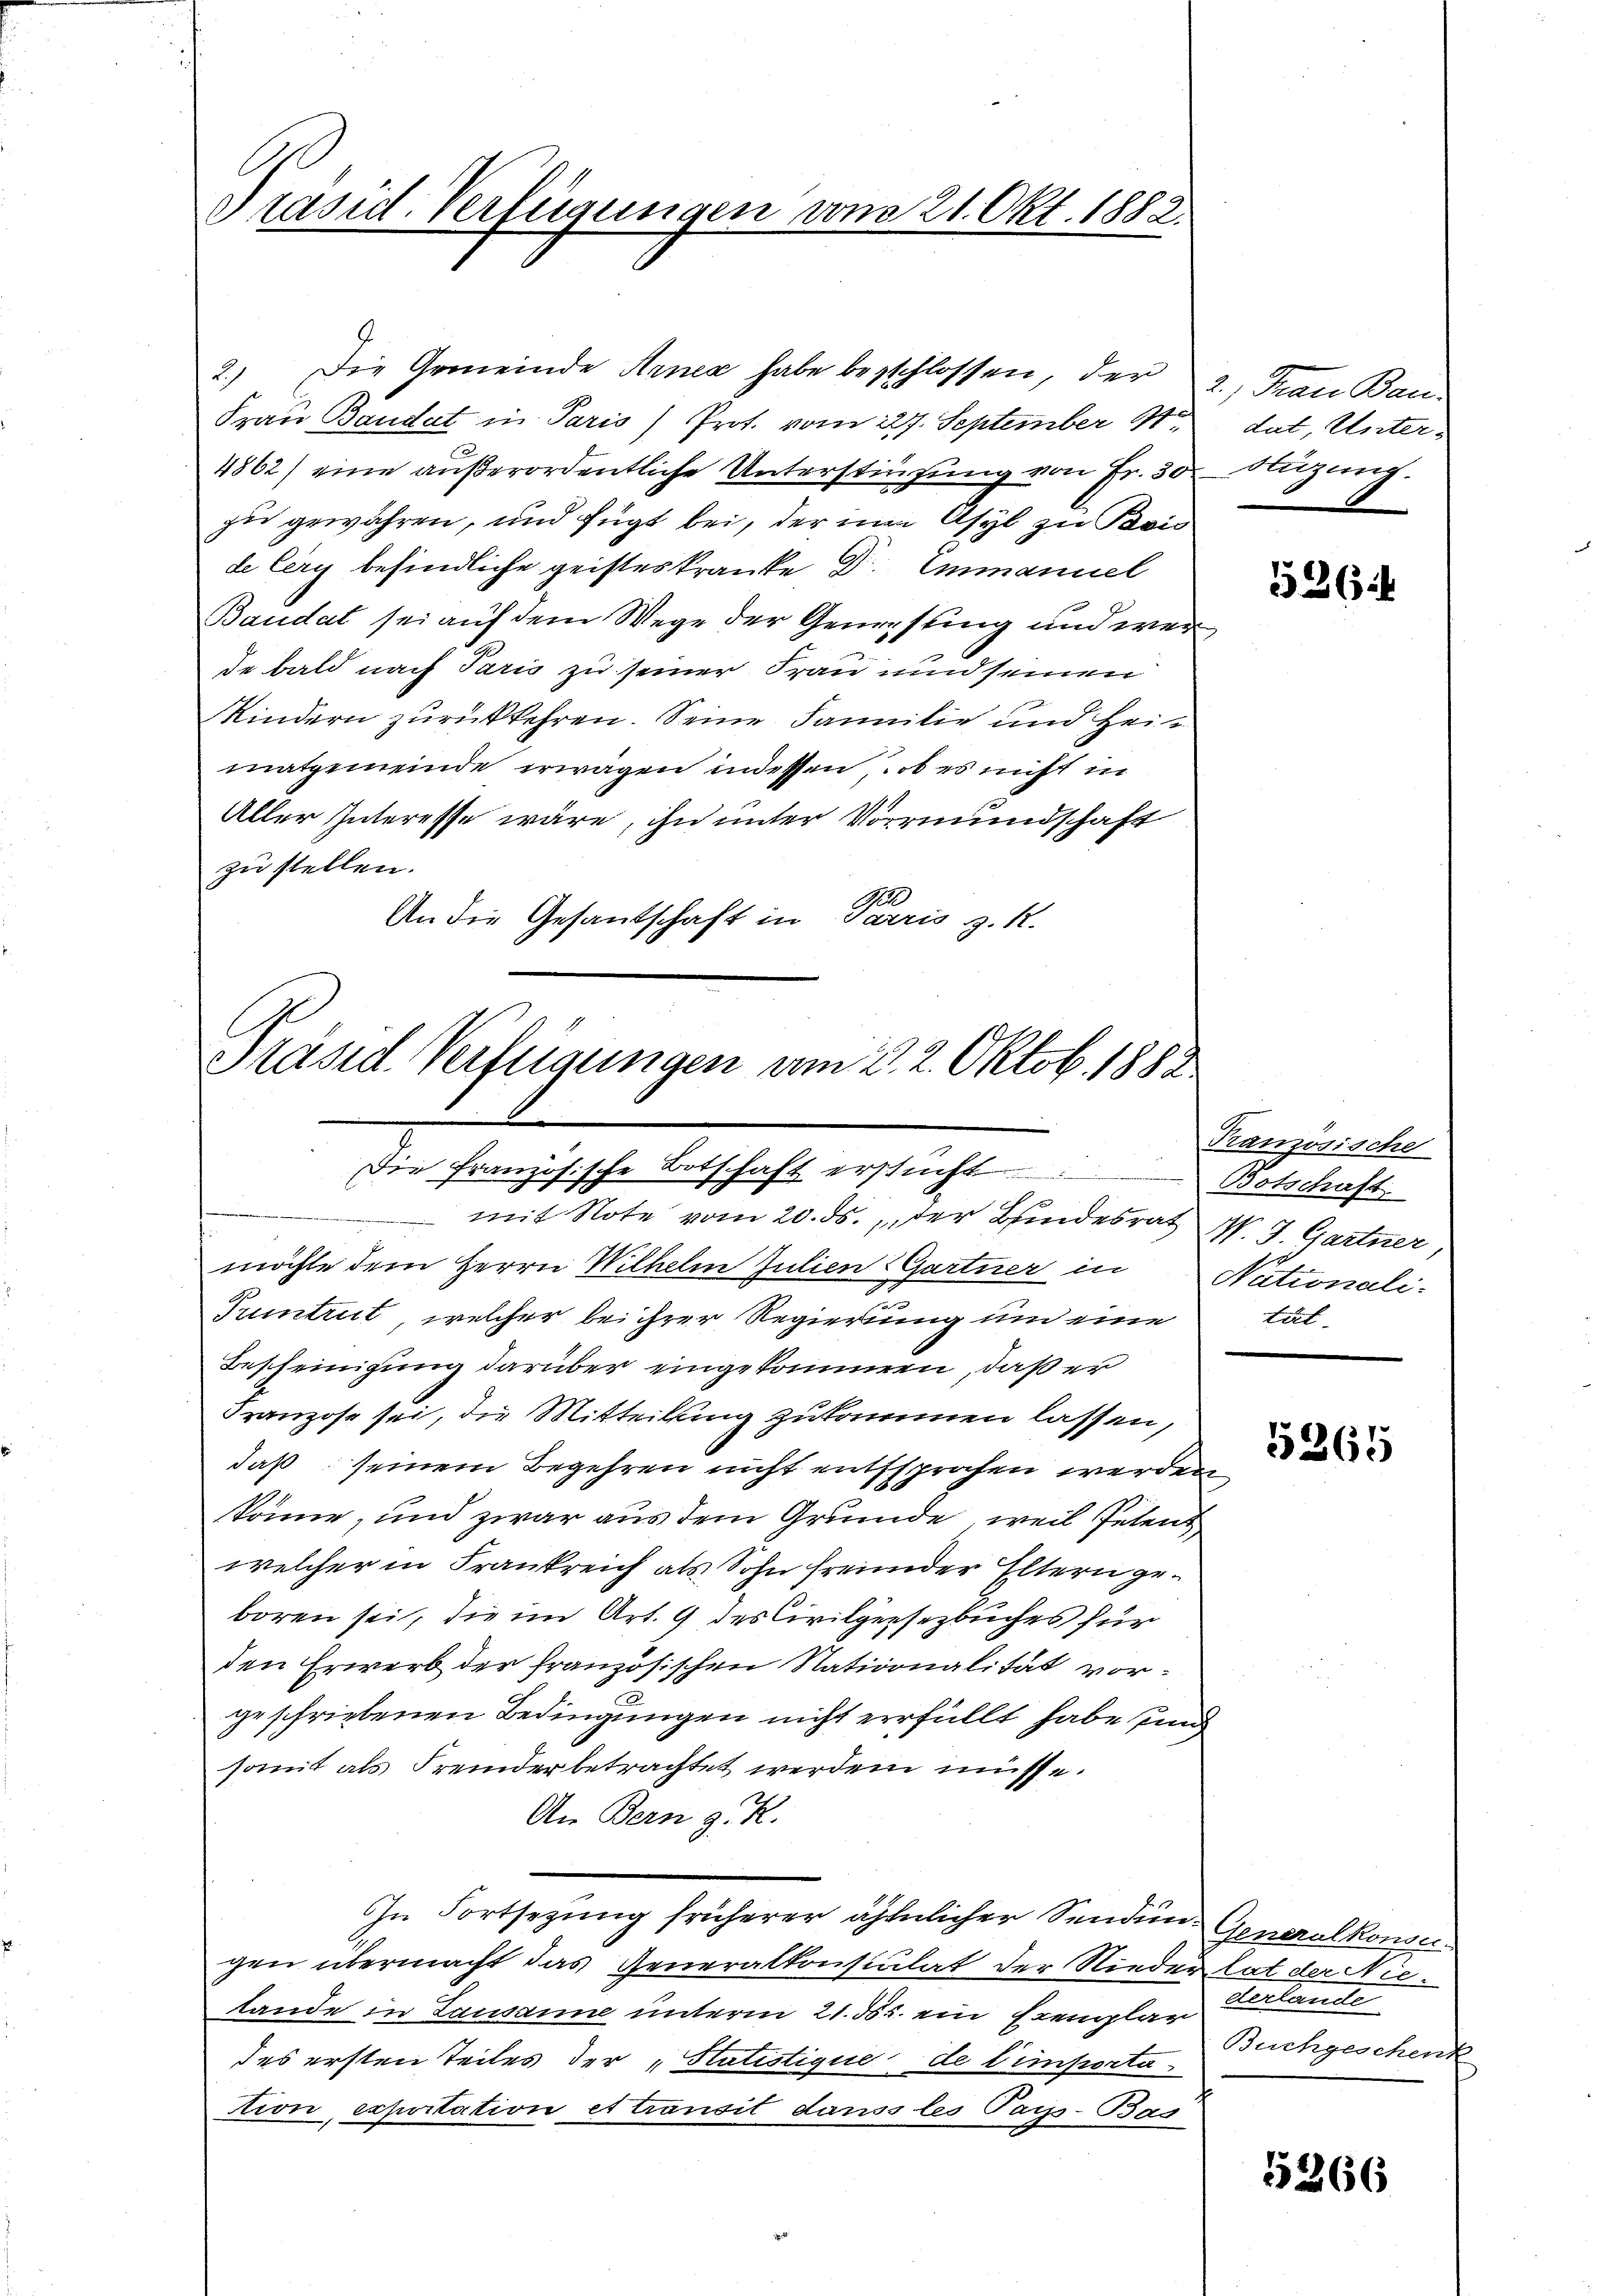
Präsid. Verfügungen von 21. Okt. 1882.

2.) Die Gemeinde Arnex habe beschlossen, der 2, Frau Bau-
Frau Baudat in Paris Prot. vom 27. September 17
4862) eine außerordentliche Unterstinsung von Fr. 30 Nuzung
zu gewähren, und fügt bei, der um Asyl zu Kan
de Cery befindliche geisteskranke Dr. Emmanuel
Baudat sei auf dem Wege der Genersting und wer
de bald nach Paris zu seiner Frau und seinen
Kindern zurückkehren. Seine Familie und Heimatgemeinde erwägen indessen, ob es nicht in
Aller Interesse wäre, ihn unter Vormundschaft
zu stellen.
An die Gesandschaft in Parris z. R.

Präsid. Verfügungen am 3. 2. Oktob. 1882
I
Die Französische Botschaft erstücht
mit Note vom 20. ds. der Bundesrath N. 3. Gartner,

möchte dem Herrn Wilhelm Julien Gartner in Nationali¬
Truntrut, welcher bei ihrer Regierung um eine tal-
Bescheinigung darüber eingekommen, daß er
Franzose sei, die Mitteilung zukommen lassen,
daß seinem Begehren nicht entsprochen werden
könne, und zwar aus dem Grunde, weil Petent
welcher in Frankreich als Sohn freunder Eltern geboren sei, die im Art. 9 des Civilgesezbuches für
den Erwerb der französischen Nationalität vorgeschriebenen Bedingungen nicht erfüllt habe und
somit als Fremder betrachtet werden müsse.
An Bern z. R.
In Fortsezung früherer ähnlicher Senden Generalkonseigen übermacht das Generalkonsulat der Nieder hat der Nietande in Lausanne unterm 21. 565. ein Exemplar
des ersten Teiles der „Statistique de Cimportation, exportation et transit danss les Pays-Bas

dat, Unter¬

526

Kanzösische
Botschaft

5265

derlande
Buchgeschenk

5266